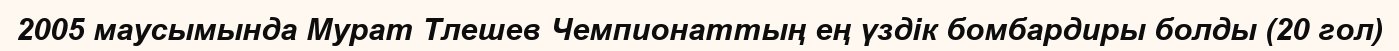
2005 маусымында Мурат Тлешев Чемпионаттың ең үздік бомбардиры болды (20 гол)